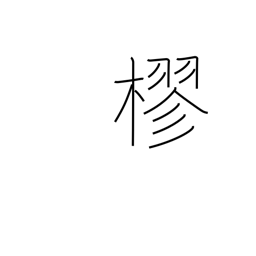
Meaning: to entwine